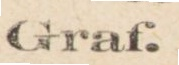
Graf.